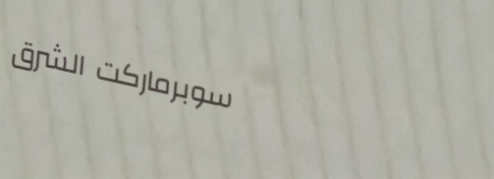
سوبرماركت الشرق